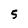
Character: 5